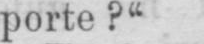
porte?“